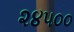
૨૪૫૦૦